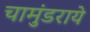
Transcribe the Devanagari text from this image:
चामुंडराये